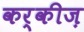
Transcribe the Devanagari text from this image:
कर्कीज़